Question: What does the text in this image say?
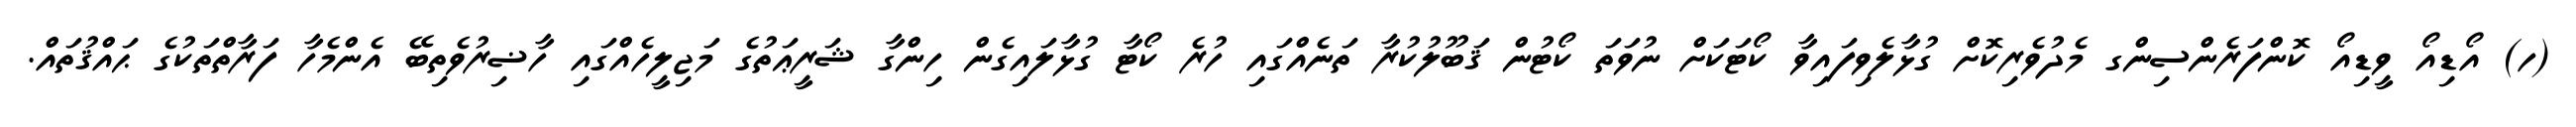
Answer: (ހ) އޯޑިއޯ ވީޑިއޯ ކޮންފަރެންސިންގ މެދުވެރިކޮށް ގުޅާލެވިފައިވާ ކޯޓަކަށް ނުވަތަ ކޯޓުން ޤަބޫލުކުރާ ތަނެއްގައި ހުރެ ކޯޓާ ގުޅާލައިގެން ހިންގާ ޝަރީޢަތުގެ މަޖިލީހެއްގައި ހާޟިރުވެތިބޭ އެންމެހާ ފަރާތްތަކުގެ ޙައްޤުތައް.